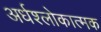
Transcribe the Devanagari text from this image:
अर्धश्लोकात्मक